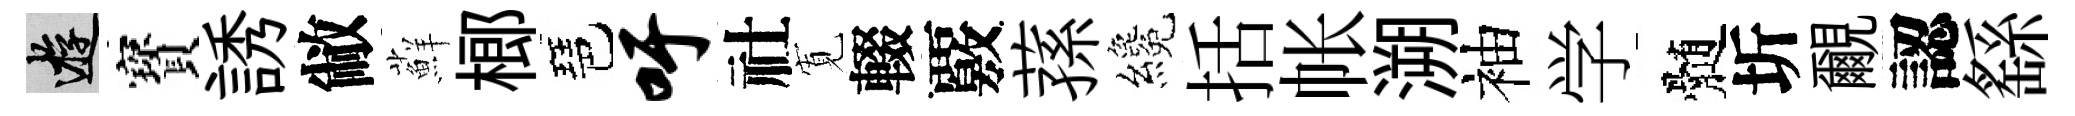
游寳誘敝蘚榔琶吁社𡩖輟覈蓀纔括帐溯袖学髄圻覼認繇